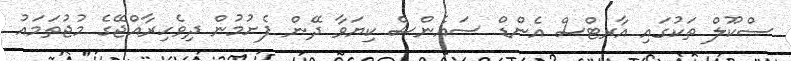
ސްކޫލް ތަކުގައި އާރޓްސް އެންޑް ސައެންސް ކިޔަވާ ދޭން ފެށުމުން ދިވެހިރާއްޖޭގެ މުޖުތަމައު